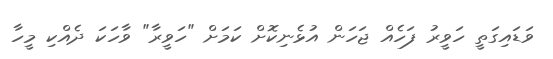
ވަޑައިގަތީ ހަވީރު ފަހެއް ޖަހަން އުޅެނިކޮށް ކަމަށް "ހަވީރާ" ވާހަކަ ދެއްކި މީހާ